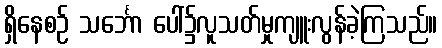
ရှိနေစဉ် သင်္ဘော ပေါ်၌လူသတ်မှုကျူးလွန်ခဲ့ကြသည်။